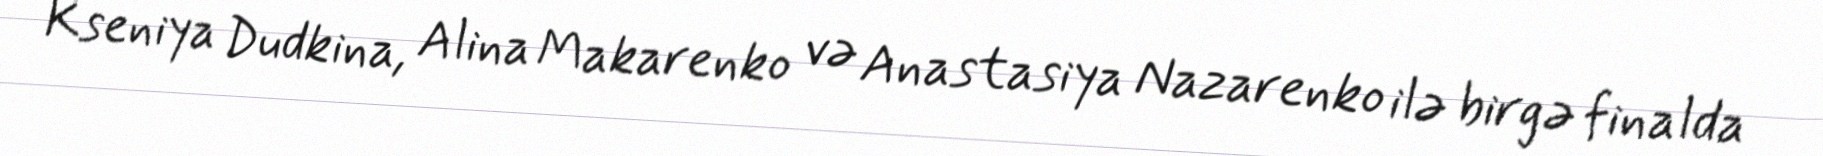
Kseniya Dudkina, Alina Makarenko və Anastasiya Nazarenko ilə birgə finalda